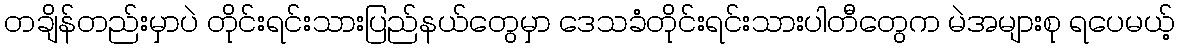
တချိန်တည်းမှာပဲ တိုင်းရင်းသားပြည်နယ်တွေမှာ ဒေသခံတိုင်းရင်းသားပါတီတွေက မဲအများစု ရပေမယ့်